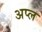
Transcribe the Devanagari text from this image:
अप्ल